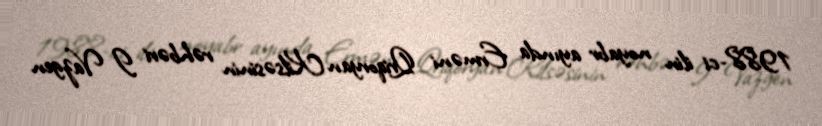
1988-ci ilin noyabr ayında Erməni Qriqoryan Kilsəsinin rəhbəri I Vazgen